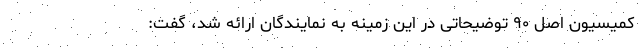
کمیسیون اصل ۹۰ توضیحاتی در این زمینه به نمایندگان ارائه شد، گفت: